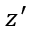
z ^ { \prime }